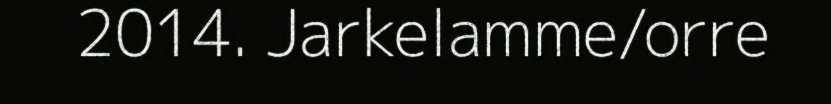
2014. Jarkelamme/orre